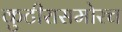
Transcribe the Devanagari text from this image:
कुटीरासमोरच